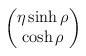
LaTeX: \begin{align*}\begin{pmatrix} \eta \sinh \rho \\ \cosh \rho \end{pmatrix}\end{align*}